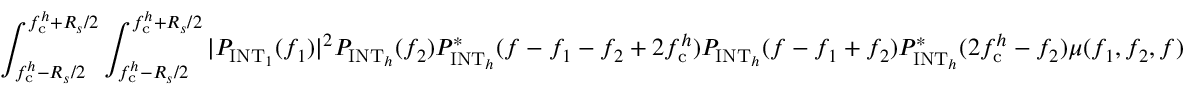
\int _ { f _ { \mathrm { c } } ^ { h } - R _ { s } / 2 } ^ { f _ { \mathrm { c } } ^ { h } + R _ { s } / 2 } \int _ { f _ { \mathrm { c } } ^ { h } - R _ { s } / 2 } ^ { f _ { \mathrm { c } } ^ { h } + R _ { s } / 2 } | P _ { \mathrm { I N T } _ { 1 } } ( f _ { 1 } ) | ^ { 2 } P _ { \mathrm { I N T } _ { h } } ( f _ { 2 } ) P _ { \mathrm { I N T } _ { h } } ^ { \ast } ( f - f _ { 1 } - f _ { 2 } + 2 f _ { \mathrm { c } } ^ { h } ) P _ { \mathrm { I N T } _ { h } } ( f - f _ { 1 } + f _ { 2 } ) P _ { \mathrm { I N T } _ { h } } ^ { \ast } ( 2 f _ { \mathrm { c } } ^ { h } - f _ { 2 } ) \mu ( f _ { 1 } , f _ { 2 } , f )